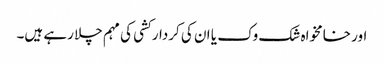
اور خامخواہ شک وک یا ان کی کردار کشی کی مہم چلا رہے ہیں۔